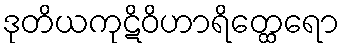
ဒုတိယကုဋိဝိဟာရိတ္ထေရော